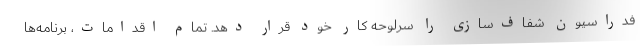
فدراسیون شفاف‌سازی را سرلوحه کار خود قرار دهد. تمام اقدامات، برنامه‌ها